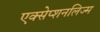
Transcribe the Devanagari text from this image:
एक्सेप्शनलिज्म